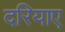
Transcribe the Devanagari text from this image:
दरियाए